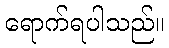
ရောက်ရပါသည်။